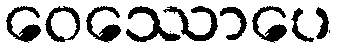
ဝေဿောပေ